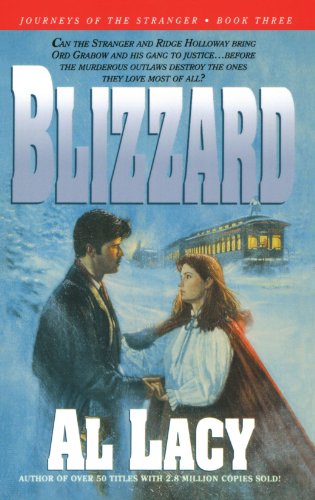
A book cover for Blizzard (Journeys of the Stranger #3); Al Lacy; Religion & Spirituality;